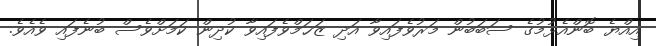
އިއްޔެ ބޮންއެޅުމުގެ ސަބަބުން މަރުވެފައިވާ އަދި ޒަޚަމްވެފައިވާ ކުދިން ކަމަށްވެސް ބުނެފައި ވެއެވެ.